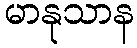
မာနုသာန